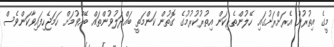
މީގެ އިތުރުން އެރަށްރަށުގައި ހޭލުންތެރިކަން އިތުރުކުރުމުގެ ގޮތުން ކަންމަތީ ބައްދަލުވުންތައް ބޭއްވުމަށް ހަމަޖެހިފައިވާކަންވެސް